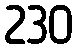
230